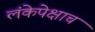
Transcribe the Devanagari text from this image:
लंकेपेक्षाच